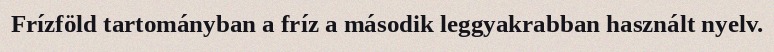
Frízföld tartományban a fríz a második leggyakrabban használt nyelv.